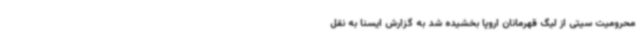
محرومیت سیتی از لیگ قهرمانان اروپا بخشیده شد به گزارش ایسنا به نقل